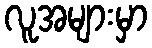
လူအများမှာ